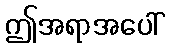
ဤအရာအပေါ်